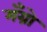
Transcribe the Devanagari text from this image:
मँग्रो